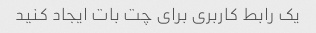
یک رابط کاربری برای چت بات ایجاد کنید